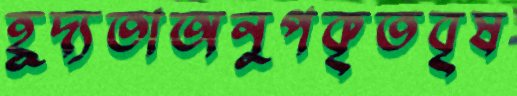
হূদ্যতাঅনুপকৃতবৃষ